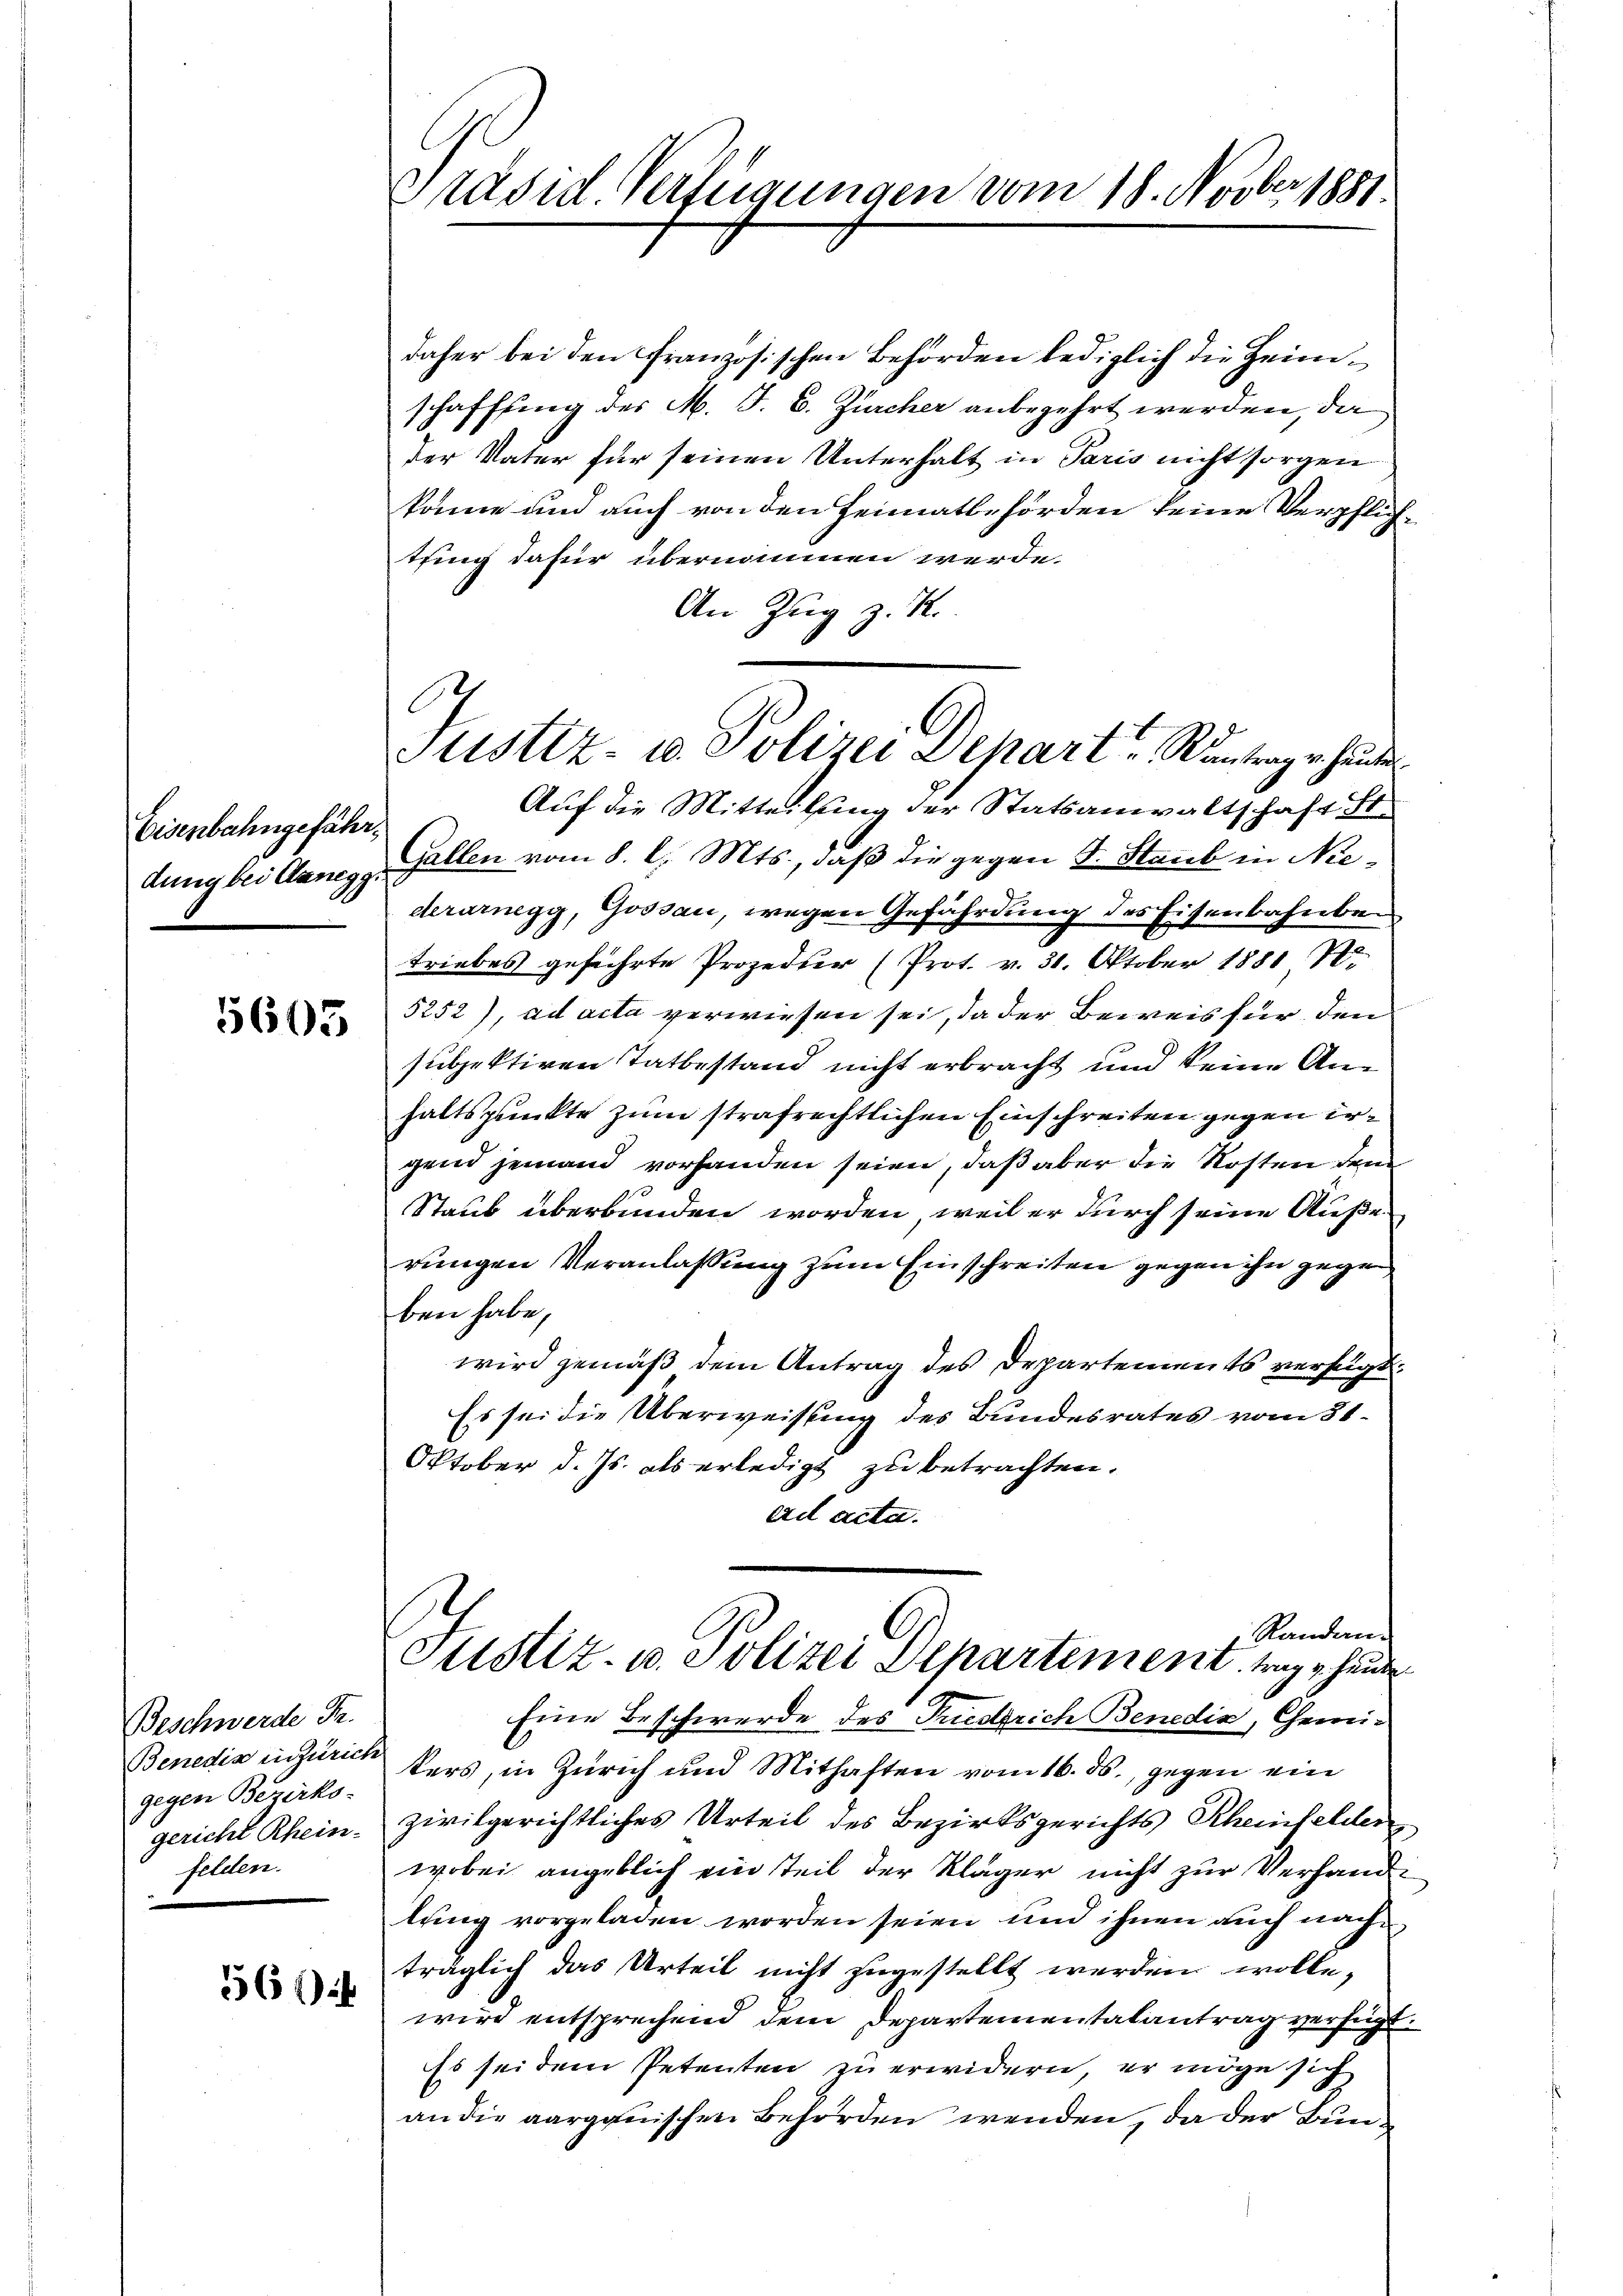
Eisenbahngefähr
dung bei Manegg

5605

Beschwerde Fr.
Benedia in Zürich
gegen Bezirks-
gericht Rhein-
felden.

561)

Präsid Verfügungen vom 18. Novber 1881

Justiz- u. Polizei Depart u. Kantrag v. Hander

daher bei den Französischen Behörden lediglich die Heimschaffung des M. J. C. Zürcher anbegehrt werden, da
der Vater für seinen Unterhalt in Paris nicht sorgen
könne und auch von den Heimatbehörden keine Verpflichthing dafür übernommen werde.
An Zug z. R.
Auf die Mitteilung der Statsanwaltschaft St.
Gallen vom 8. d. Mts., daß die gegen d. Staub in Niederarnegg, Gossau, wegen Gefährdung des Eisenbahnbetriebes geführte Prozedur (Prot. v. 31. Oktober 1881 71
5252), ad acta verwiesen sei, da der Beweis für den
subjektiven Tatbestand nicht erbracht und keine Anhaltspunkte zum strafrechtlichen Einschreiten gegen irgend jemand vorhanden seien, daß aber die Kosten dem
Staub überbunden worden, weil er durch seine Auße-
rungen Veranlassung zum Einschreiten gegen ihn gege
ben habe,
wird gemäß dem Antrag des Departements verfügt.
Es sei die Überweisung des Bundesrates vom 31.
Oktober d. Js. als erledigt zu betrachten.
ad acta.
Randan¬
Justiz- u. Polizei Departement, trag heute
Eine Beschwerde des Friedrich Benedia, Chemiters, in Zürich und Mithaften vom 16. ds., gegen ein
zivilgerichtliches Urteil des Bezirksgerichts Rheinfelden
wobei angeblich ein Teil der Kläger nicht zur Verhandlung vorgeladen worden seien und ihnen auch nach
träglich das Urteil nicht zugestellt werden wolle,
wird entsprechend dem Departementalantrag verfügt
Es sei dem Petenten zu erwidern, er möge sich
an die aargauischen Behörden wenden, da der Bun¬